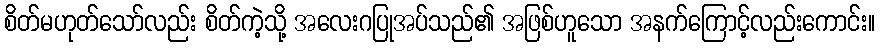
စိတ်မဟုတ်သော်လည်း စိတ်ကဲ့သို့ အလေးဂပြုအပ်သည်၏ အဖြစ်ဟူသော အနက်ကြောင့်လည်းကောင်း။